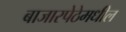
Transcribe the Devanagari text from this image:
बाजारपेठेमधील